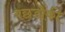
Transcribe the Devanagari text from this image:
बछड़ोंकी